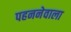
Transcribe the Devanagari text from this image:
पहननेवाला